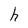
Character: h